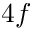
4 f